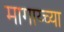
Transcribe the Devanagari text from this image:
मागाय्च्या